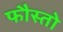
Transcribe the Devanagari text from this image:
फौस्तो